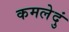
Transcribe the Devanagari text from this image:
कमलेदुं